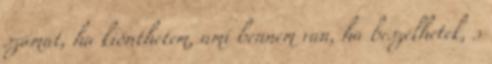
számat, ha kiönthetem, ami bennem van, ha beszélhetek, s